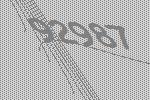
92987